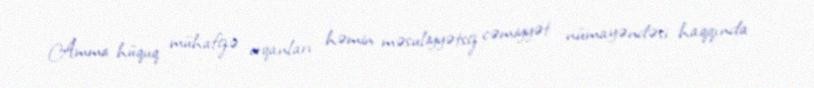
Amma hüquq mühafizə orqanları həmin məsuliyyətsiz cəmiyyət nümayəndəsi haqqında